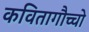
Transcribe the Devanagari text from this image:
कवितागौच्चो